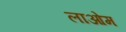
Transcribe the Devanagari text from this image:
लाओम